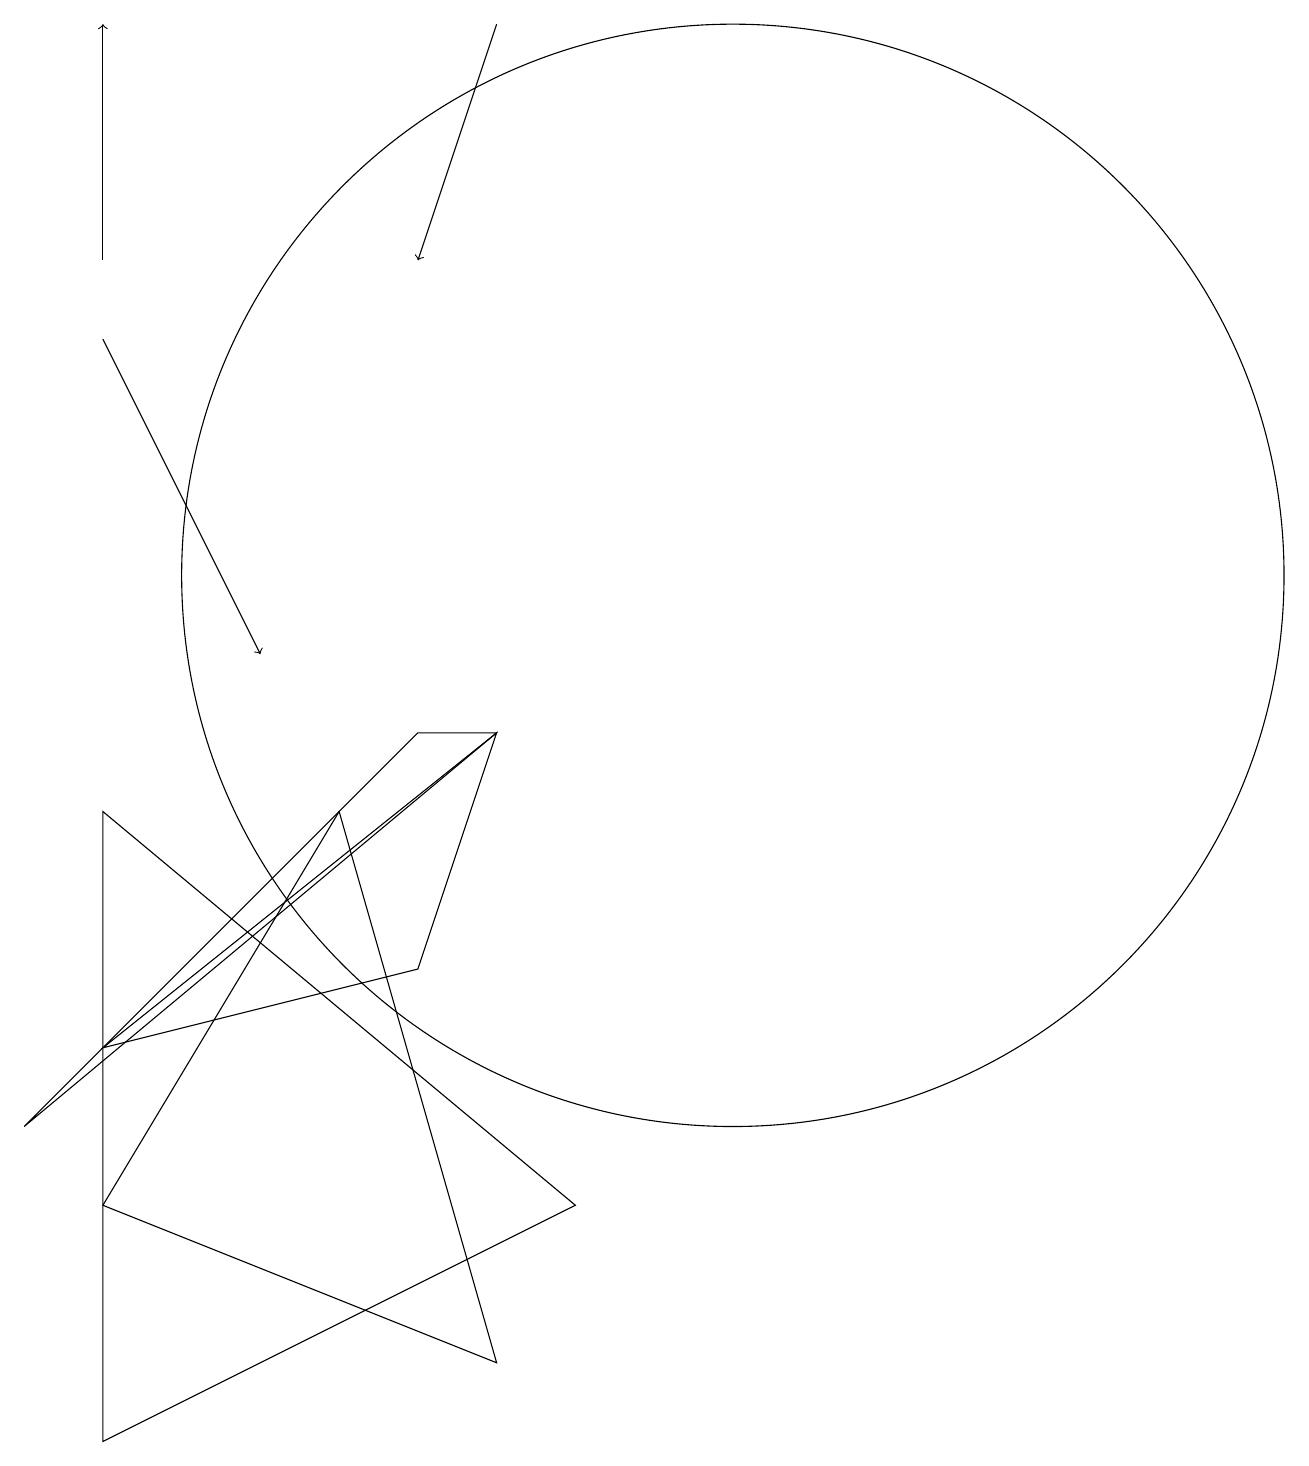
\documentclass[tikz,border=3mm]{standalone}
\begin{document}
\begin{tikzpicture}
\draw (6,8) -- (8,1) -- (3,3) -- cycle;
\draw (3,5) -- (8,9) -- (7,6) -- cycle;
\draw[->] (3,14) -- (5,10);
\draw[->] (8,18) -- (7,15);
\draw[->] (3,15) -- (3,18);
\draw (9,3) -- (3,8) -- (3,0) -- cycle;
\draw (7,9) -- (2,4) -- (8,9) -- cycle;
\draw (11,11) circle (7);
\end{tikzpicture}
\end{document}